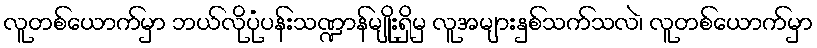
လူတစ်ယောက်မှာ ဘယ်လိုပုံပန်းသဏ္ဍာန်မျိုးရှိမှ လူအများနှစ်သက်သလဲ၊ လူတစ်ယောက်မှာ